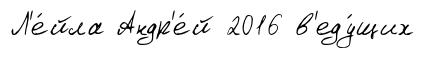
Л'е́йла Андр'е́й 2016 в'еду́щих